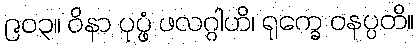
၉၀၃။ ဝိနာ ပုပ္ဖံ ဖလဂ္ဂါဟိ၊ ရုက္ခေ ဝနပ္ပတိ။